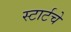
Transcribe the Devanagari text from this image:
स्टार्टचे